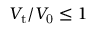
V _ { \mathrm { t } } / V _ { \mathrm { 0 } } \leq 1